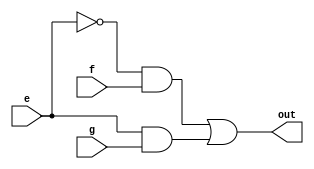
module choosing(e,f,g,out);
input [31:0]e;
input [31:0]f;
input [31:0]g;
output [31:0]out;
//reg [31:0]out;
assign out=(~e&f)|(e&g);
endmodule